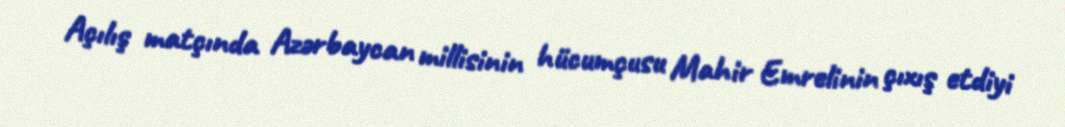
Açılış matçında Azərbaycan millisinin hücumçusu Mahir Emrelinin çıxış etdiyi